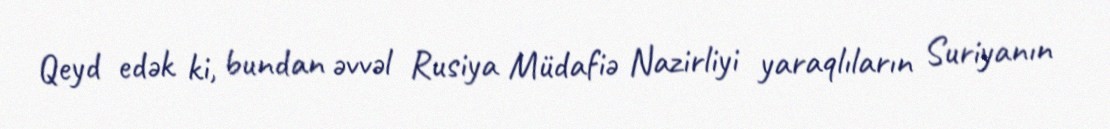
Qeyd edək ki, bundan əvvəl Rusiya Müdafiə Nazirliyi yaraqlıların Suriyanın